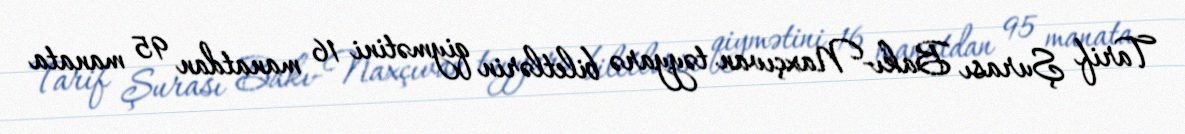
Tarif Şurası Bakı-Naxçıvan təyyarə biletlərin qiymətini 16 manatdan 95 manata